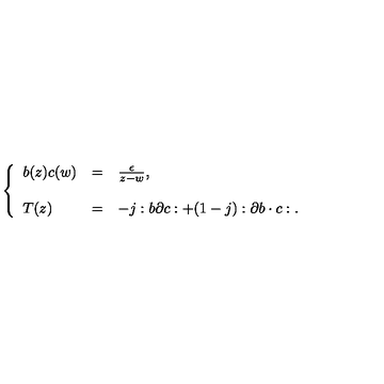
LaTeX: \left\{ \begin{array} { l c l } { b ( z ) c ( w ) } & { = } & { \frac { \epsilon } { z - w } , } \\ { } & { } & { } \\ { T ( z ) } & { = } & { - j : b \partial c : + ( 1 - j ) : \partial b \cdot c : . } \\ \end{array} \right.